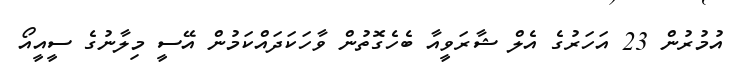
އުމުރުން 23 އަހަރުގެ އެލް ޝާރަވީއާ ބެހެގޮތުން ވާހަކަދައްކަމުން އޭސީ މިލާނުގެ ސީއީއޯ